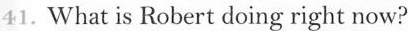
41.What is Robert doing right now?